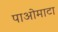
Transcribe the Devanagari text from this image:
पाओमाटा